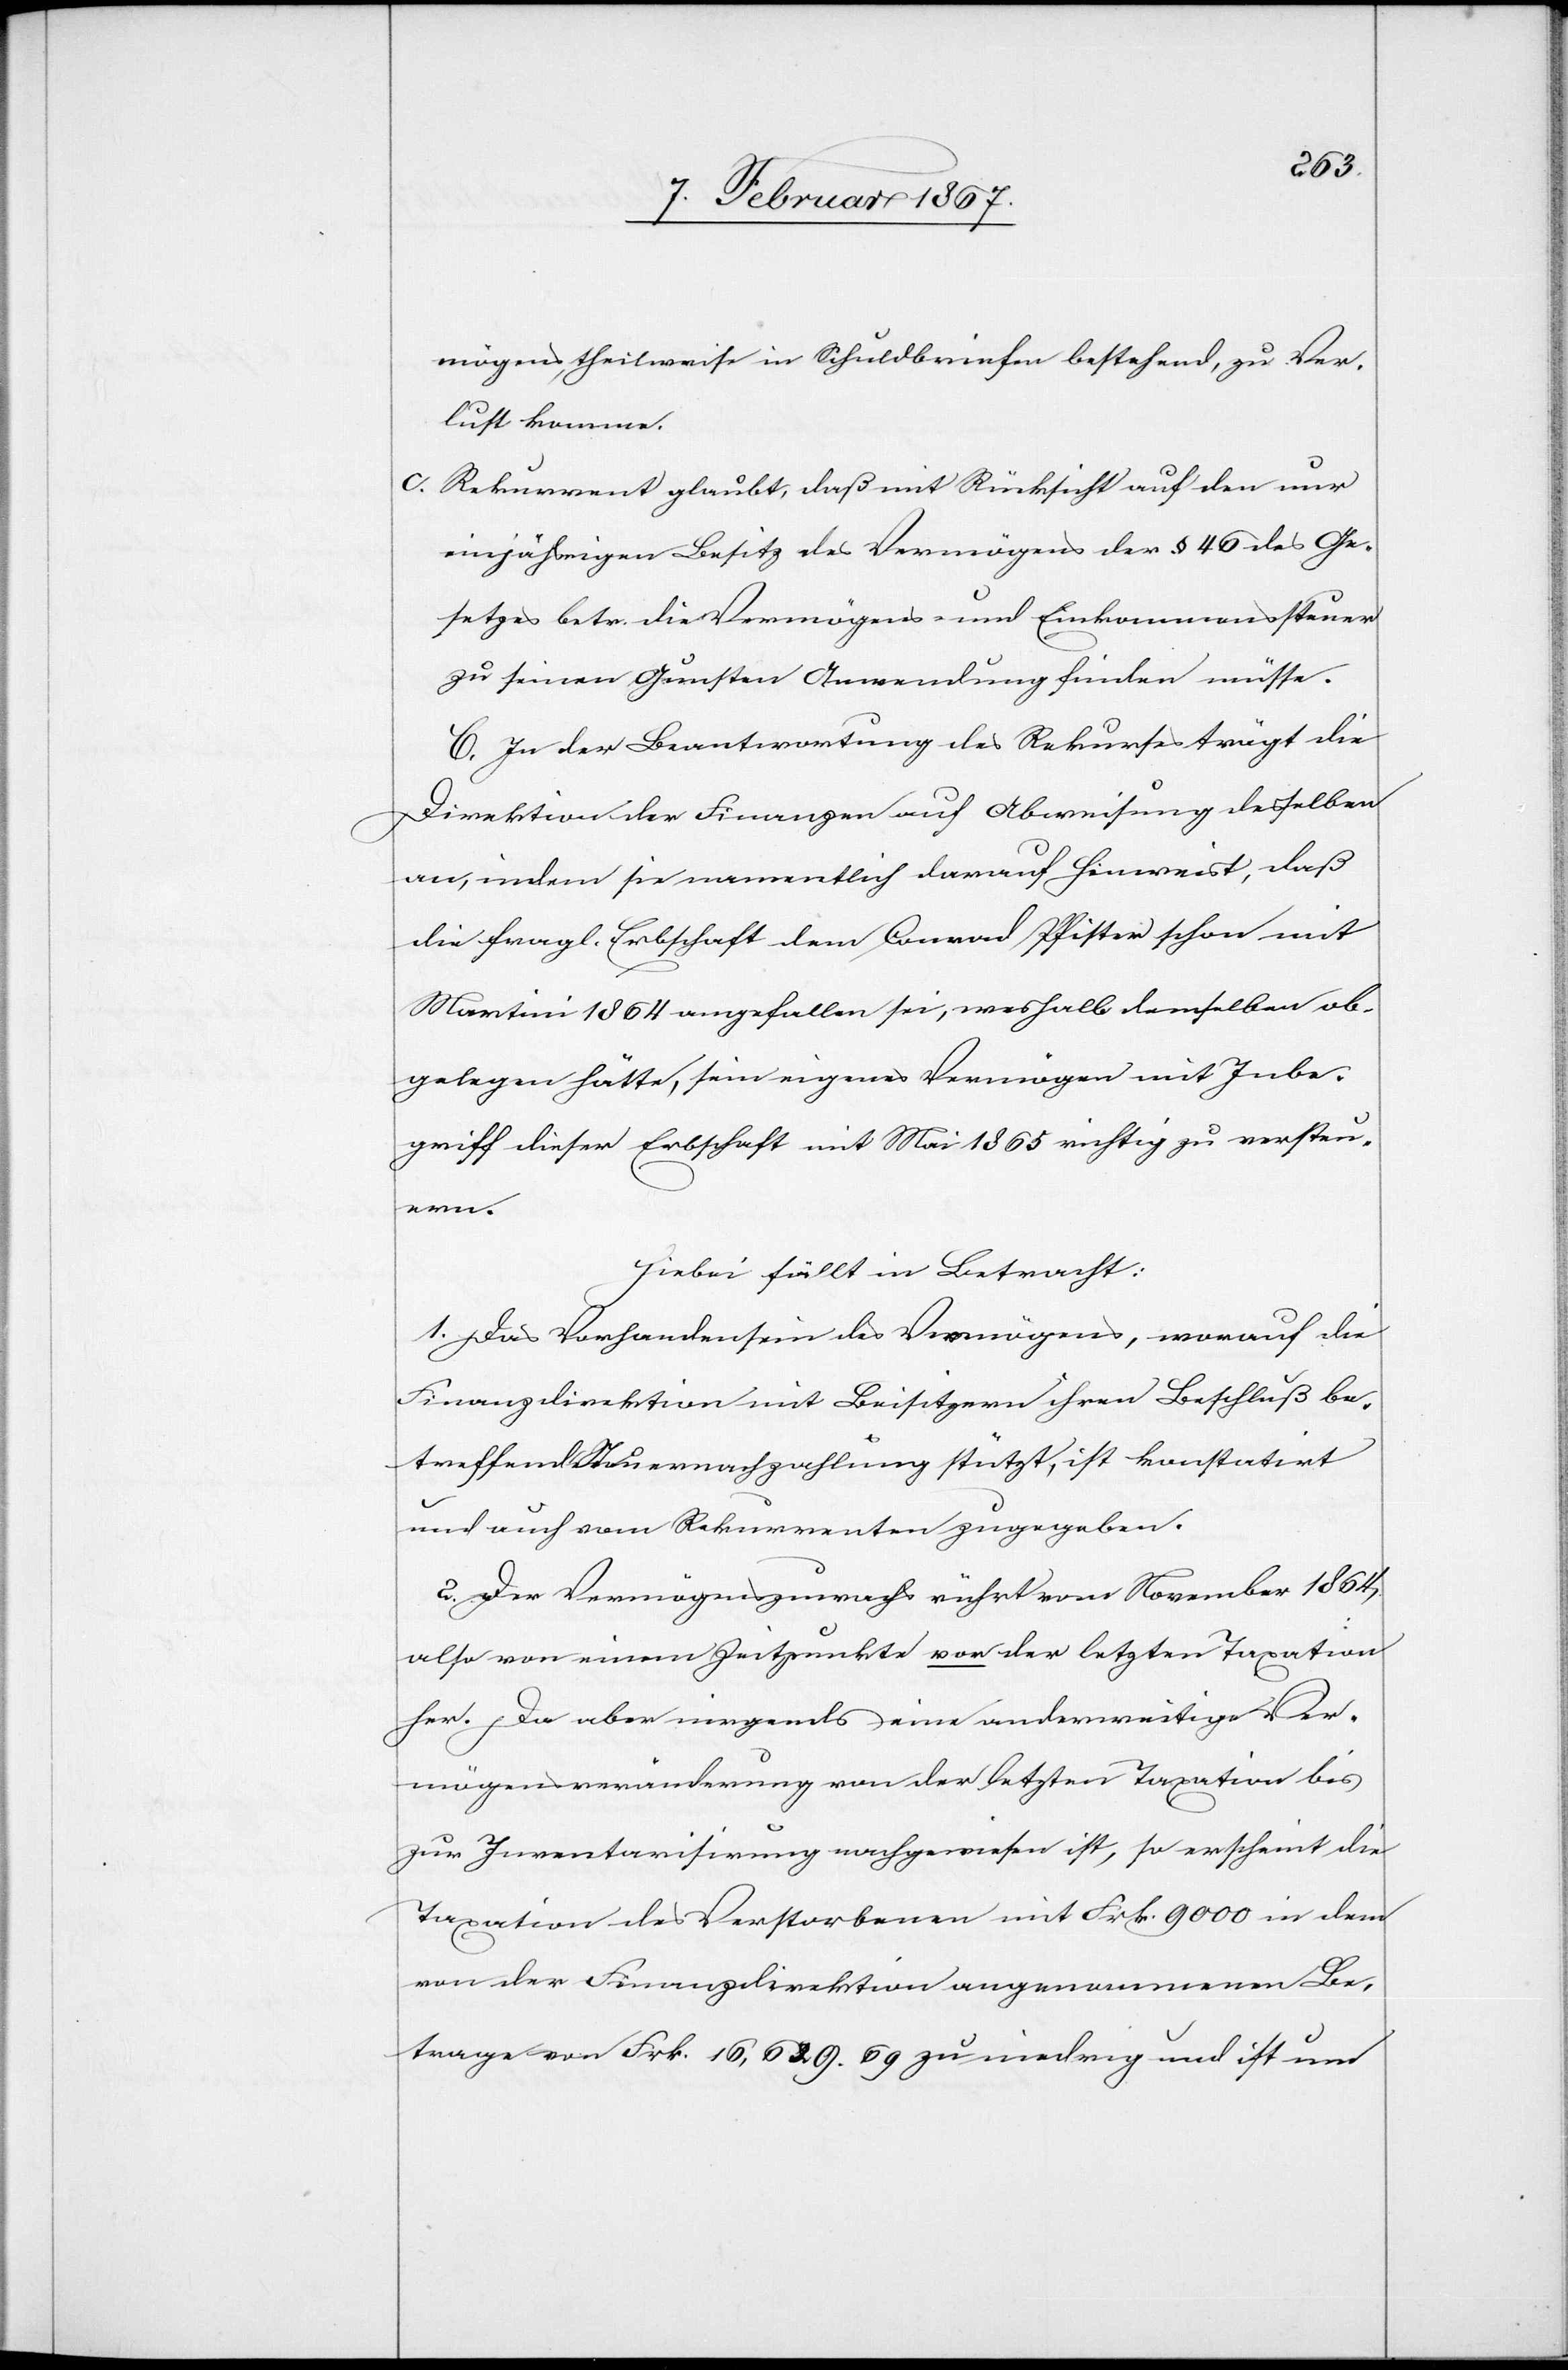
mögens theilweise in Schuldbriefen bestehend, zu Ver¬
lust komme.
c.	Rekurrent glaubt, daß mit Rücksicht auf den nur
einjährigen Besitz des Vermögens der § 46 des Ge¬
setzes betr. die Vermögens- und Einkommenssteuer
zu seinen Gunsten Anwendung finden müsse.
C. In der Beantwortung des Rekurses trägt die
Direktion der Finanzen auf Abweisung desselben
an, indem sie namentlich darauf hinweist, daß
die fragl. Erbschaft dem Conrad Pfister schon mit
Martini 1864 angefallen sei, weshalb demselben ob¬
gelegen hätte, sein eigenes Vermögen mit Inbe¬
griff dieser Erbschaft mit Mai 1865 richtig zu versteuern.
Hiebei fällt in Betracht:
1. Das Vorhandensein des Vermögens, worauf die
Finanzdirektion mit Beisitzern ihren Beschluß be¬
treffend Steuernachzahlung stützt, ist konstatirt
und auch vom Rekurrenten zugegeben.
2. Der Vermögenszuwachs rührt vom November 1864,
also von einem Zeitpunkte vor der letzten Taxation
her. Da aber nirgends eine anderweitige Ver¬
mögensveränderung von der letzten Taxation bis
zur Inventarisirung nachgewiesen ist, so erscheint die
Taxation des Verstorbenen mit Frk. 9000 in dem
von der Finanzdirektion angenommenen Be¬
trage von Frk. 16,629. 69 zu niedrig und ist um